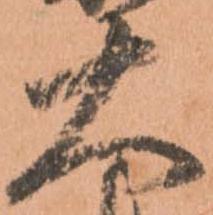
大